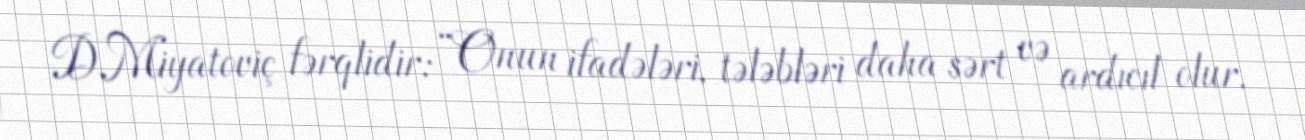
D.Miyatoviç fərqlidir: “Onun ifadələri, tələbləri daha sərt və ardıcıl olur.